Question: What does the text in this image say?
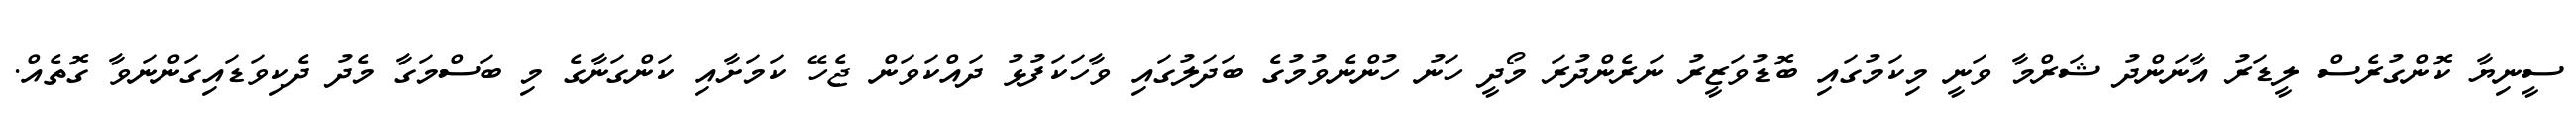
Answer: ސީނިޔާ ކޮންގުރެސް ލީޑަރު އާނަންދު ޝަރްމާ ވަނީ މިކަމުގައި ބޮޑުވަޒީރު ނަރެންދުރަ މޯދީ ހަނު ހުންނެވުމުގެ ބަދަލުގައި ވާހަކަފުޅު ދައްކަވަން ޖެހޭ ކަމަށާއި ކަންގަނާގެ މި ބަސްމަގާ މެދު ދެކިވަޑައިގަންނަވާ ގޮތެއް.